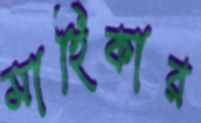
মাহিকার